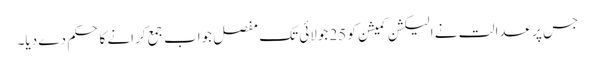
جس پر عدالت نے الیکشن کمیشن کو 25 جولائی تک مفصل جواب جمع کرانے کا حکم دے دیا۔